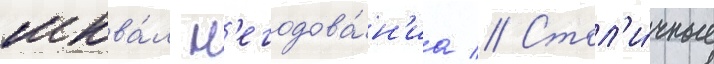
шква́л н'егодова́н'иа // Стол'и́чные